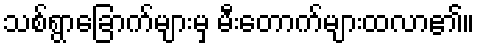
သစ်ရွာခြောက်များမှ မီးတောက်များထလာ၏။